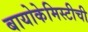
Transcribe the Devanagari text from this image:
बायोकेमिस्टीची